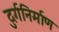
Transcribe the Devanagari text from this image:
दुर्गनिर्माण